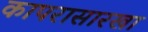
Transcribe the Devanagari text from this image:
कापरासारखा